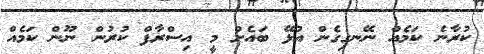
ކުރާނެ ކަމެއް ނޭނގިގެން އުޅޭ ބައެށް މީ އިސްރާފް ކުރުން ނޫން ކަމެއް